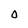
Character: 0